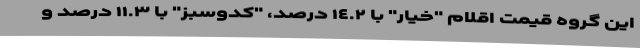
این گروه قیمت اقلام "خیار" با ١٤.٢ درصد، "کدوسبز" با ١١.٣ درصد و